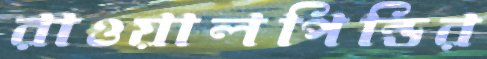
রাওয়ালপিন্ডির